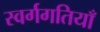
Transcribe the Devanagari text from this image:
स्वर्गगतियाँ